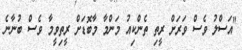
"އަސްލު ވެސް ވަރަށް ރީތި ތެންކިއު މަންމާ މާބޮޑަށް ރީތިވީމާ ވެސް ބުނާނެ